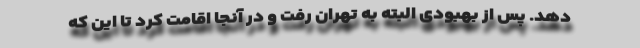
دهد. پس از بهبودی البته به تهران رفت و در آنجا اقامت کرد تا این که